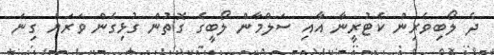
ދެ ލޯބިވެރިން ކެޓުރީނާ އާއި ސަލްމާން ލޯބީގެ ގޮތުން ގުޅިގެން ވަރަށް ގިނަ